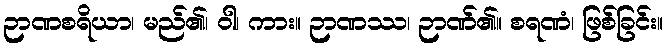
ဉာဏစရိယာ၊ မည်၏၊ ဝါ၊ ကား။ ဉာဏဿ၊ ဉာဏ်၏။ စရဏံ၊ ဖြစ်ခြင်း။